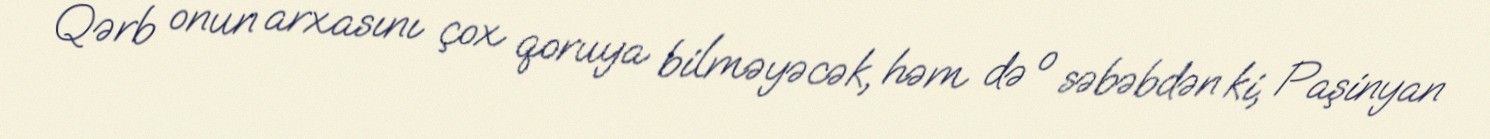
Qərb onun arxasını çox qoruya bilməyəcək, həm də o səbəbdən ki, Paşinyan